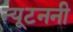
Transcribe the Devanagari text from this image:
न्यूटननी